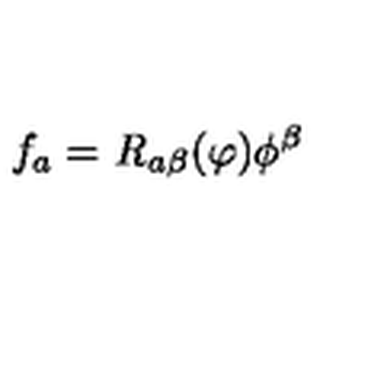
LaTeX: f _ { a } = { \it R } _ { a \beta } ( \varphi ) \phi ^ { \beta }